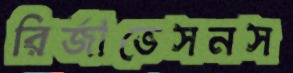
রির্জাভেসনস